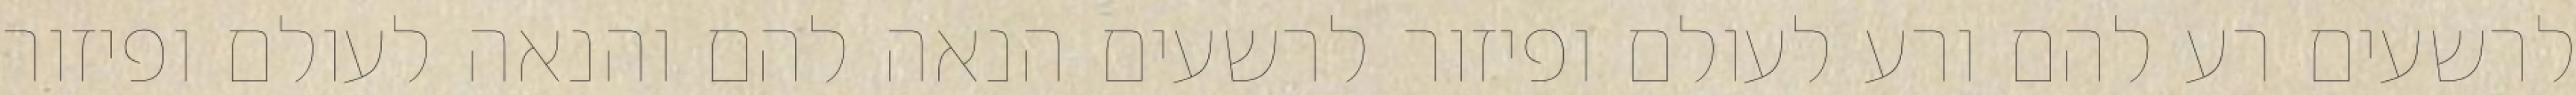
לרשעים רע להם ורע לעולם ופיזור לרשעים הנאה להם והנאה לעולם ופיזור